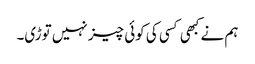
ہم نے کبھی کسی کی کوئی چیز نہیں توڑی۔